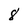
Character: 8